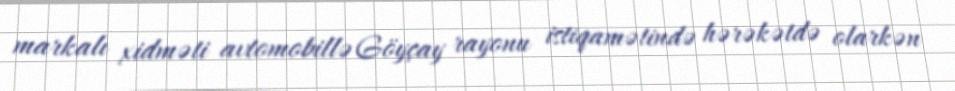
markalı xidməti avtomobillə Göyçay rayonu istiqamətində hərəkətdə olarkən